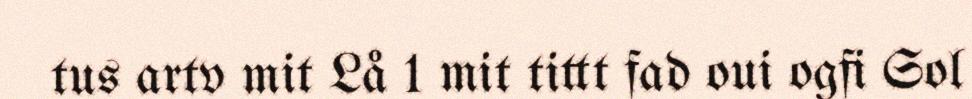
tus artv mit Lå 1 mit tittt fad oui ogfi Sol